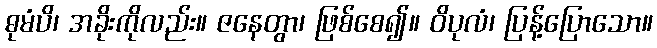
ဓုမံပိ၊ အခိုးကိုလည်း။ ဇနေတွာ၊ ဖြစ်စေ၍။ ဝိပုလံ၊ ပြန့်ပြောသော။